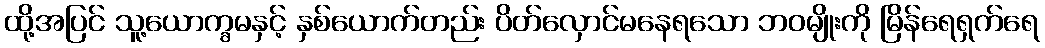
ထို့အပြင် သူ့ယောက္ခမနှင့် နှစ်ယောက်တည်း ပိတ်လှောင်မနေရသော ဘဝမျိုးကို မြိန်ရေရှက်ရေ